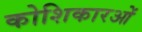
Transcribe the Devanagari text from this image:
कोशिकारओं